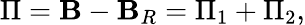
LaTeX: \Pi={\cal\mathbf{B}}-{\cal\mathbf{B}}_{R}=\Pi_{1}+\Pi_{2},